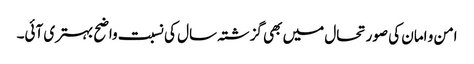
امن و امان کی صورتحال میں بھی گزشتہ سال کی نسبت واضح بہتری آئی۔